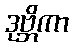
ဒုဗ္ဘိကာ